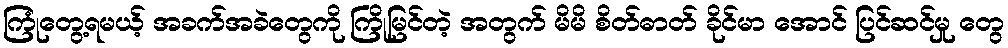
ကြုံတွေ့ရမယ့် အခက်အခဲတွေကို ကြိုမြင်တဲ့ အတွက် မိမိ စိတ်ဓာတ် ခိုင်မာ အောင် ပြင်ဆင်မှု တွေ